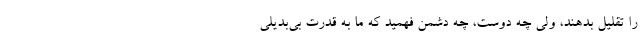
را تقلیل بدهند، ولی چه دوست، چه دشمن فهمید که ما به قدرت بی‌بدیلی